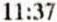
11:37